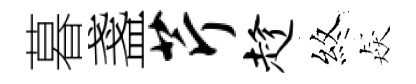
暮盞芹趁煞猋